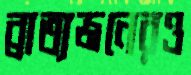
ব্রাত্যজনেরও